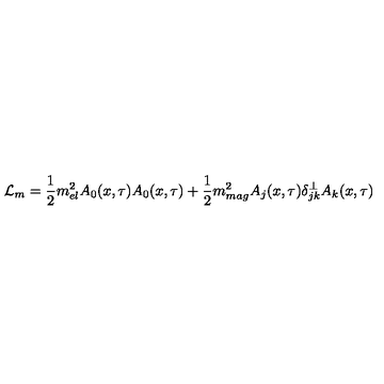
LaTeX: { \mathcal L } _ { m } = \frac { 1 } { 2 } m _ { e l } ^ { 2 } A _ { 0 } ( x , \tau ) A _ { 0 } ( x , \tau ) + \frac { 1 } { 2 } m _ { m a g } ^ { 2 } A _ { j } ( x , \tau ) \delta _ { j k } ^ { \perp } A _ { k } ( x , \tau )